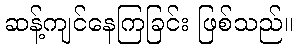
ဆန့်ကျင်နေကြခြင်း ဖြစ်သည်။